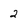
Character: 2